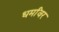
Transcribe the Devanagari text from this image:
धर्मांवर